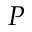
P